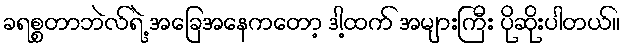
ခရစ္စတာဘဲလ်ရဲ့ အခြေအနေကတော့ ဒါ့ထက် အများကြီး ပိုဆိုးပါတယ်။